Indian journal of veterinary science and animal husbandry - Volume 8,
Year: 1938
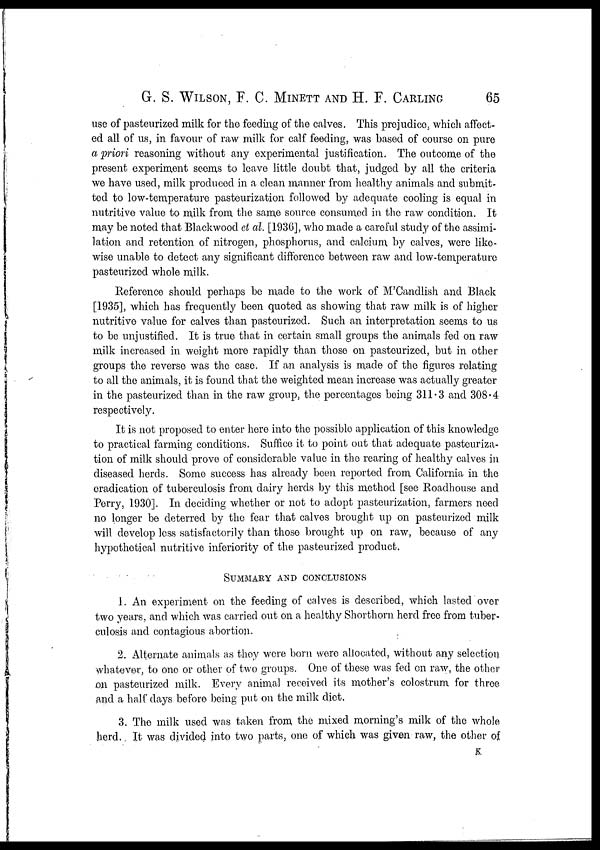
G. S. WILSON, F. C. MINETT AND H. F. CARLING 65
use of pasteurized milk for the feeding of the calves. This prejudice, which affect-
ed all of us, in favour of raw milk for calf feeding, was based of course on pure
a priori reasoning without any experimental justification. The outcome of the
present experiment seems to leave little doubt that, judged by all the criteria
we have used, milk produced in a clean manner from healthy animals and submit-
ted to low-temperature pasteurization followed by adequate cooling is equal in
nutritive value to milk from the same source consumed in the raw condition. It
may be noted that Blackwood et al. [1936], who made a careful study of the assimi-
lation and retention of nitrogen, phosphorus, and calcium by calves, were like-
wise unable to detect any significant difference between raw and low-temperature
pasteurized whole milk.
Reference should perhaps be made to the work of M'Candlish and Black
[1935], which has frequently been quoted as showing that raw milk is of higher
nutritive value for calves than pasteurized. Such an interpretation seems to us
to be unjustified. It is true that in certain small groups the animals fed on raw
milk increased in weight more rapidly than those on pasteurized, but in other
groups the reverse was the case. If an analysis is made of the figures relating
to all the animals, it is found that the weighted mean increase was actually greater
in the pasteurized than in the raw group, the percentages being 311.3 and 308.4
respectively.
It is not proposed to enter here into the possible application of this knowledge
to practical farming conditions. Suffice it to point out that adequate pasteuriza-
tion of milk should prove of considerable value in the rearing of healthy calves in
diseased herds. Some success has already been reported from California in the
eradication of tuberculosis from dairy herds by this method [see Roadhouse and
Perry, 1930]. In deciding whether or not to adopt pasteurization, farmers need
no longer be deterred by the fear that calves brought up on pasteurized milk
will develop less satisfactorily than those brought up on raw, because of any
hypothetical nutritive inferiority of the pasteurized product.
SUMMARY AND CONCLUSIONS
1. An experiment on the feeding of calves is described, which lasted over
two years, and which was carried out on a healthy Shorthorn herd free from tuber-
culosis and contagious abortion.
2. Alternate animals as they were born were allocated, without any selection
whatever, to one or other of two groups. One of these was fed on raw, the other
on pasteurized milk. Every animal received its mother's colostrum for three
and a half days before being put on the milk diet.
3. The milk used was taken from the mixed morning's milk of the whole
herd. It was divided into two parts, one of which was given raw, the other of
K